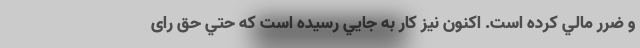
و ضرر مالي كرده است. اكنون نيز كار به جايي رسيده است كه حتي حق رای